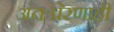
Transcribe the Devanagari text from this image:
अंतःप्रेरणाही